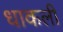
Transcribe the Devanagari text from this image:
धाकली